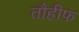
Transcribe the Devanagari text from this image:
तौहीफ